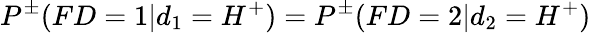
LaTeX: P^{\pm}(FD=1|d_{1}=H^{+})=P^{\pm}(FD=2|d_{2}=H^{+})